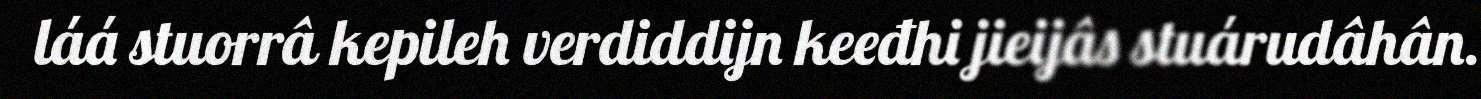
láá stuorrâ kepileh verdiddijn keeđhi jieijâs stuárudâhân.